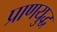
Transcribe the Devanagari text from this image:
प्राणयुद्ध